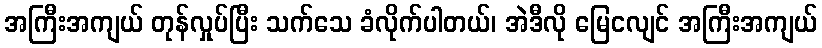
အကြီးအကျယ် တုန်လှုပ်ပြီး သက်သေ ခံလိုက်ပါတယ်၊ အဲဒီလို မြေငလျင် အကြီးအကျယ်